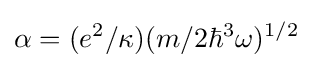
\alpha =(e^{2}/\kappa )(m/2\hbar ^{3}\omega )^{1/2}